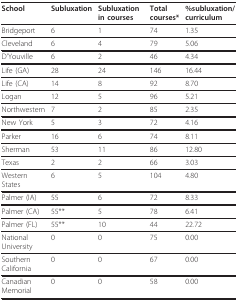
| School | Subluxation | Subluxation in courses | Total courses* | %subluxation/curriculum |
 | --- | --- | --- | --- | --- |
 | Bridgeport | 6 | 1 | 74 | 1.35 |
 | Cleveland | 6 | 4 | 79 | 5.06 |
 | D'Youville | 6 | 2 | 46 | 4.34 |
 | Life (GA) | 28 | 24 | 146 | 16.44 |
 | Life (CA) | 14 | 8 | 92 | 8.70 |
 | Logan | 12 | 5 | 96 | 5.21 |
 | Northwestern | 7 | 2 | 85 | 2.35 |
 | New York | 5 | 3 | 72 | 4.16 |
 | Parker | 16 | 6 | 74 | 8.11 |
 | Sherman | 53 | 11 | 86 | 12.80 |
 | Texas | 2 | 2 | 66 | 3.03 |
 | Western States | 6 | 5 | 104 | 4.80 |
 | Palmer (IA) | 55 | 6 | 72 | 8.33 |
 | Palmer (CA) | 55** | 5 | 78 | 6.41 |
 | Palmer (FL) | 55** | 10 | 44 | 22.72 |
 | National University | 0 | 0 | 75 | 0.00 |
 | Southern California | 0 | 0 | 67 | 0.00 |
 | Canadian Memorial | 0 | 0 | 58 | 0.00 |